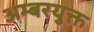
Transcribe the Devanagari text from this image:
अम्बरयुक्त